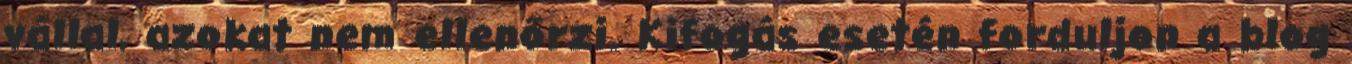
vállal, azokat nem ellenőrzi. Kifogás esetén forduljon a blog